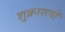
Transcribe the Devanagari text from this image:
शुक्राशयों